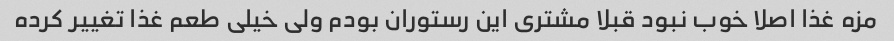
مزه غذا اصلا خوب نبود قبلا مشتری این رستوران بودم ولی خیلی طعم غذا تغییر کرده